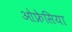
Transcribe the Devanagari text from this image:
ओफ्रेसिया